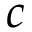
c